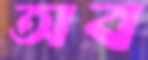
অব